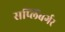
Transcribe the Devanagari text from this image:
सप्लिंबर्गर